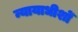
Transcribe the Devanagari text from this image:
न्यायाधीशोँ